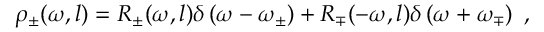
\rho _ { \pm } ( \omega , l ) = R _ { \pm } ( \omega , l ) \delta \left( \omega - \omega _ { \pm } \right) + R _ { \mp } ( - \omega , l ) \delta \left( \omega + \omega _ { \mp } \right) \ ,